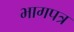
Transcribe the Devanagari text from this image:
भागपत्र